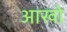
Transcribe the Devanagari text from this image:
आखो